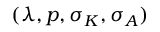
( \lambda , p , \sigma _ { K } , \sigma _ { A } )